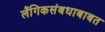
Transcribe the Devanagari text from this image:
लैंगिकसंबधाबाबत